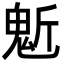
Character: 鬿